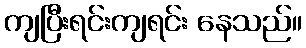
ကျပြီးရင်းကျရင်း နေသည်။